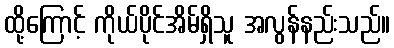
ထို့ကြောင့် ကိုယ်ပိုင်အိမ်ရှိသူ အလွန်နည်းသည်။